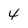
Character: 4